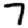
Digit: 7